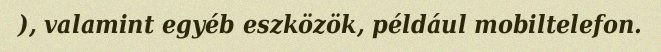
), valamint egyéb eszközök, például mobiltelefon.